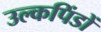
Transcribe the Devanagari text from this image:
उल्कपिंडों